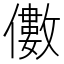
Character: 𠐍